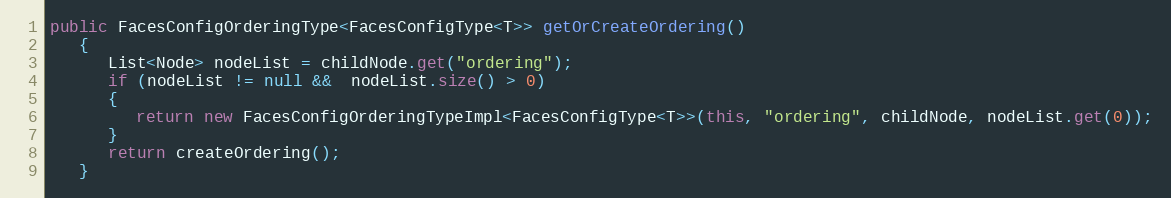
Language: Java
public FacesConfigOrderingType<FacesConfigType<T>> getOrCreateOrdering()
   {
      List<Node> nodeList = childNode.get("ordering");
      if (nodeList != null &&  nodeList.size() > 0)
      {
         return new FacesConfigOrderingTypeImpl<FacesConfigType<T>>(this, "ordering", childNode, nodeList.get(0));
      }
      return createOrdering();
   }